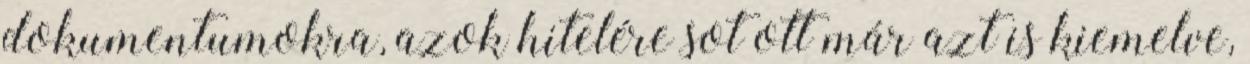
dokumentumokra, azok hitelére sot ott már azt is kiemelve,